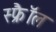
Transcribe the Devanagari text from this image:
स्फ्रैॉल